Indian journal of veterinary science and animal husbandry - Volume 13,
Year: 1943
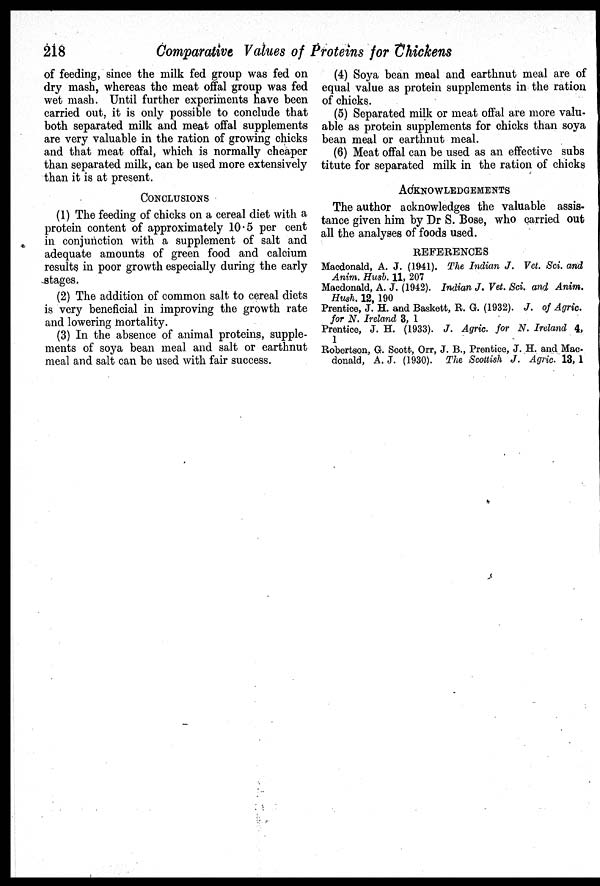
218
Comparative Values of Proteins for Chickens
of feeding, since the milk fed group was fed on
dry mash, whereas the meat offal group was fed
wet mash. Until further experiments have been
carried out, it is only possible to conclude that
both separated milk and meat offal supplements
are very valuable in the ration of growing chicks
and that meat offal, which is normally cheaper
than separated milk, can be used more extensively
than it is at present.
CONCLUSIONS
(1) The feeding of chicks on a cereal diet with a
protein content of approximately 10.5 per cent
in conjunction with a supplement of salt and
adequate amounts of green food and calcium
results in poor growth especially during the early
stages.
(2) The addition of common salt to cereal diets
is very beneficial in improving the growth rate
and lowering mortality.
(3) In the absence of animal proteins, supple-
ments of soya bean meal and salt or earthnut
meal and salt can be used with fair success.
(4) Soya bean meal and earthnut meal are of
equal value as protein supplements in the ration
of chicks.
(5) Separated milk or meat offal are more valu-
able as protein supplements for chicks than soya
bean meal or earthnut meal.
(6) Meat offal can be used as an effective subs
titute for separated milk in the ration of chicks
ACKNOWLEDGEMENTS
The author acknowledges the valuable assis-
tance given him by Dr S. Bose, who carried out
all the analyses of foods used.
REFERENCES
Macdonald, A. J. (1941). The Indian J. Vet. Sci. and
Anim. Husb. 11, 207
Macdonald, A. J. (1942). Indian J. Vet. Sci. and Anim.
Hush. 12, 190
Prentice, J. H. and Baskett, R. G. (1932). J. of Agric.
for N. Ireland 3, 1
Prentice, J. H. (1933). J. Agric. for N. Ireland 4,
1
Robertson, G. Scott, Orr, J. B., Prentice, J. H. and Mac-
donald, A. J. (1930). The Scottish J. Agric 13, 1